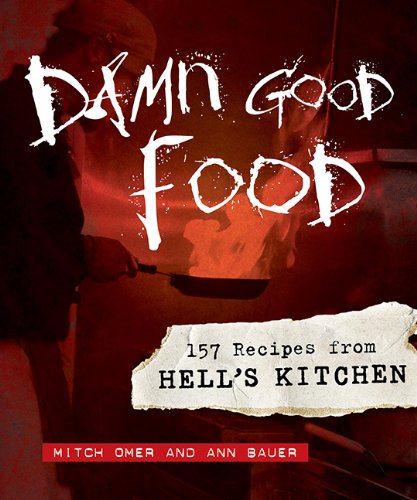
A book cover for Damn Good Food: 157 Recipes from Hell's Kitchen; Mitch Omer; Cookbooks, Food & Wine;